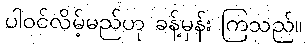
ပါဝင်လိမ့်မည်ဟု ခန့်မှန်း ကြသည်။